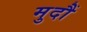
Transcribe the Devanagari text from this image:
मुदौं